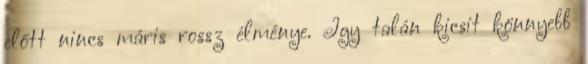
előtt nincs máris rossz élménye. Így talán kicsit könnyebb